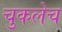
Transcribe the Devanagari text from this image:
चुकलेच